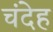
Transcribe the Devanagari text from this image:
चंदेह